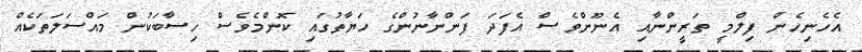
އެހެނިހެން ފިލްމީ ތަރީންނާއި އެނޫންވެސް އެފަދަ ފަންނާނުންގެ ހަޔާތުގައި ކޮންމެވެސް ހިސާބަކުން މައްސަލަތަކެއް